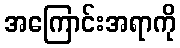
အကြောင်းအရာကို